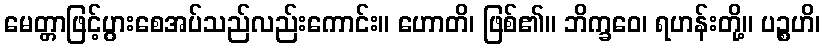
မေတ္တာဖြင့်ပွားစေအပ်သည်လည်းကောင်း။ ဟောတိ၊ ဖြစ်၏။ ဘိက္ခဝေ၊ ရဟန်းတို့။ ပဉ္စဟိ၊